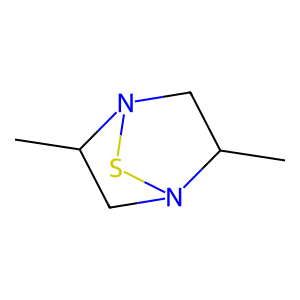
SMILES: CC1CN2SN1CC2C
Inhibits HIV replication: No